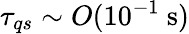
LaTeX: \tau_{qs}\sim O(10^{-1}\ \textrm{s})